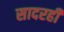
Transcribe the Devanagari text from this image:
सादरही